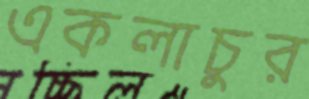
একলাচুর